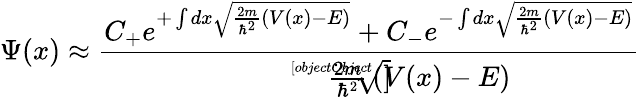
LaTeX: \Psi(x)\approx{\frac{C_{+}e^{+\int dx{\sqrt{{\frac{2m}{\hbar^{2}}}\left(V(x)-E\right)}}}+C_{-}e^{-\int dx{\sqrt{{\frac{2m}{\hbar^{2}}}\left(V(x)-E\right)}}}}{\sqrt[[objectObject]]{{\frac{2m}{\hbar^{2}}}\left(V(x)-E\right)}}}